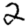
Digit: 2